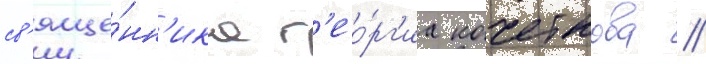
св'яще́нн'ика г'ео́рг'иа кочеткова //